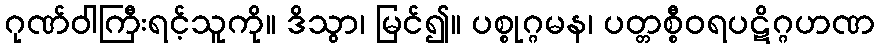
ဂုဏ်ဝါကြီးရင့်သူကို။ ဒိသွာ၊ မြင်၍။ ပစ္စုဂ္ဂမန၊ ပတ္တစ္စီဝရပဋိဂ္ဂဟဏ